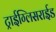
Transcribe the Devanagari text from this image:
ट्राईग्लिसराईड